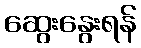
ဆွေးနွေးရန်